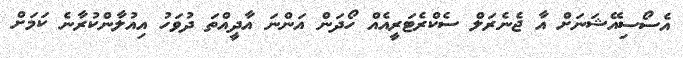
އެސޯސިއޭޝަނަށް އާ ޖެނެރަލް ސެކްރެޓަރީއެއް ހޯދަން އަންނަ އާދީއްތަ ދުވަހު އިއުލާންކުރާނެ ކަމަށް